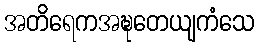
အတိရေကအဍ္ဎတေယျကံသေ